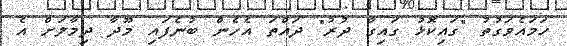
ހަަމައެވަގުތު "ގައިކޮޅު ގައިގާ ދުރު" ދައްތަ އެހެން ބުނެފައި މޫދާ ދިމާލަށް އެ